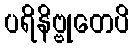
ပရိနိဗ္ဗုတေပိ